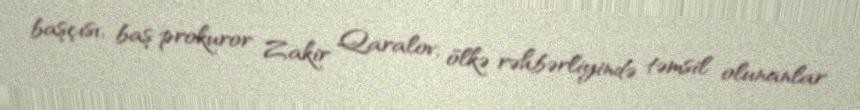
başçısı, baş prokuror Zakir Qaralov, ölkə rəhbərliyində təmsil olunanlar